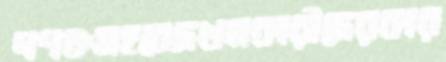
প্রপঞ্চসহবেদখলকারীদেরকার